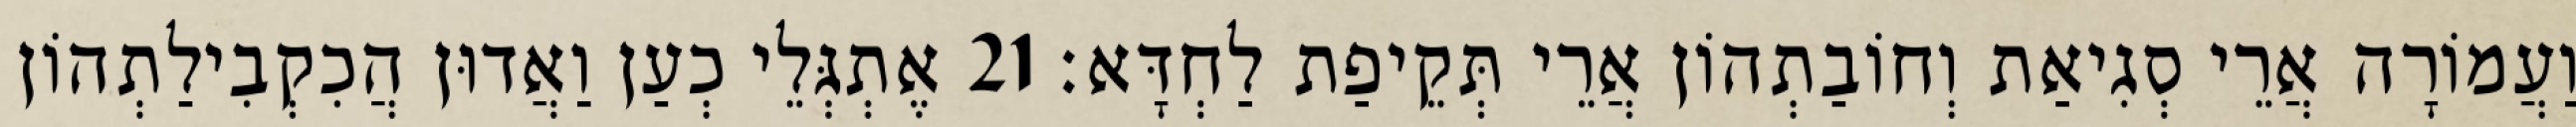
וַעֲמוֹרָה אֲרֵי סְגִיאַת וְחוֹבַתְהוֹן אֲרֵי תְּקֵיפַת לַחְדָּא׃ 21 אֶתְגְּלֵי כְעַן וַאֲדוּן הֲכִקְבִילַתְהוֹן